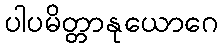
ပါပမိတ္တာနုယောဂေ